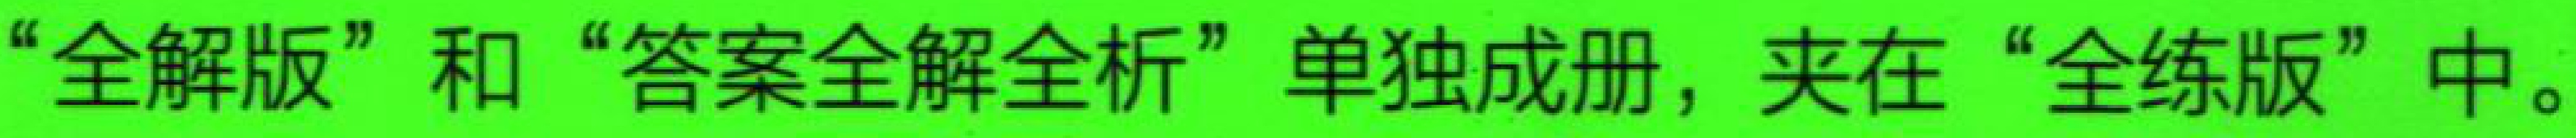
“全解版”和“答案全解全析”单独成册，夹在“全练版”中。